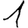
Digit: 1